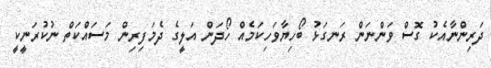
ދަރިންނާއެކު ގޮސް ވަންނަން ރަނގަޅު ބޯހިޔާވަހިކަމެއް ހޯދަން އަލީގެ ދެމަފިރިން މަސައްކަތް ނުކުރަނީކީ